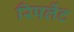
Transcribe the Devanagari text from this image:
रिपलेंट